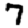
Digit: 7